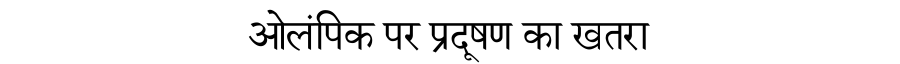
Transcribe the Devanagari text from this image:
ओलंपिक पर प्रदूषण का खतरा